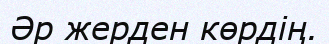
Әр жерден көрдің.